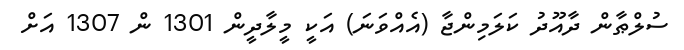
ސުލްޠާން ދާއޫދު ކަލަމިންޖާ (އެއްވަނަ) އަކީ މީލާދީން 1301 ން 1307 އަށް